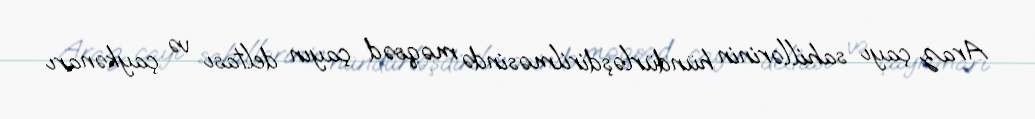
Araz çayı sahillərinin hündürləşdirilməsində məqsəd çayın deltası və çaykənarı